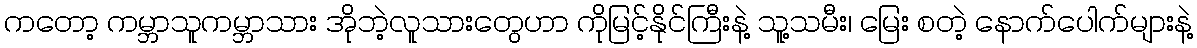
ကတော့ ကမ္ဘာသူကမ္ဘာသား အိုဘဲ့လူသားတွေဟာ ကိုမြင့်နိုင်ကြီးနဲ့ သူ့သမီး၊ မြေး စတဲ့ နောက်ပေါက်များနဲ့